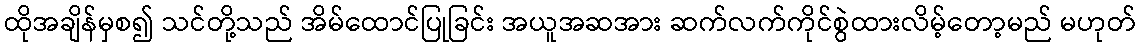
ထိုအချိန်မှစ၍ သင်တို့သည် အိမ်ထောင်ပြုခြင်း အယူအဆအား ဆက်လက်ကိုင်စွဲထားလိမ့်တော့မည် မဟုတ်